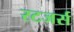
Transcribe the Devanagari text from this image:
रटजर्स